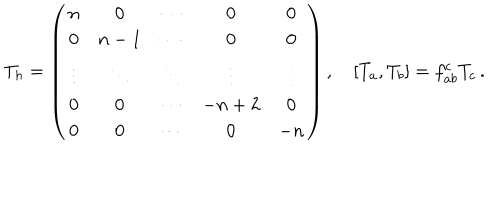
LaTeX: T _ { h } = \left( \begin{matrix} { { n } } & { { 0 } } & { { \cdots } } & { { 0 } } & { { 0 } } \\ { { 0 } } & { { n - 1 } } & { { \cdots } } & { { 0 } } & { { 0 } } \\ { { \vdots } } & { { \ddots } } & { { \ddots } } & { { \vdots } } & { { \vdots } } \\ { { 0 } } & { { 0 } } & { { \cdots } } & { { - n + 2 } } & { { 0 } } \\ { { 0 } } & { { 0 } } & { { \cdots } } & { { 0 } } & { { - n } } \\ \end{matrix} \right) , \quad [ T _ { a } , T _ { b } ] = f _ { a b } ^ { c } T _ { c } \, .